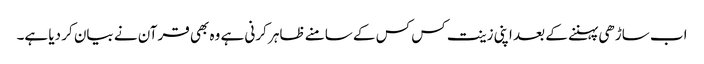
اب ساڑھی پہننے کے بعد اپنی زینت کس کس کے سامنے ظاہر کرنی ہے وہ بھی قرآن نے بیان کر دیا ہے۔